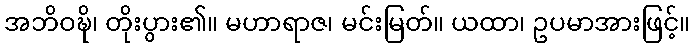
အဘိဝဍ္ဎိ၊ တိုးပွား၏။ မဟာရာဇ၊ မင်းမြတ်။ ယထာ၊ ဥပမာအားဖြင့်။